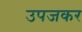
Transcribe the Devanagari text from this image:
उपजकर